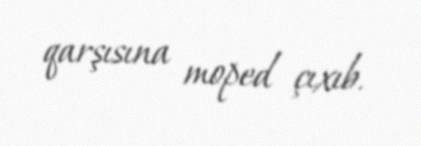
qarşısına moped çıxıb.